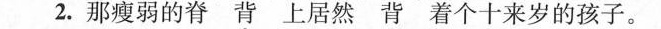
2.那瘦弱的脊`背'上居然`背'着个十来岁的孩子。